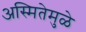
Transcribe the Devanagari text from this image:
अस्मितेमुळे